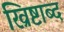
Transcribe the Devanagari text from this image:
ख्रिष्टाब्द